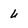
Character: u